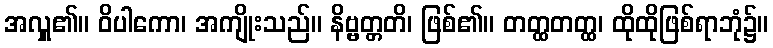
အလှူ၏။ ဝိပါကော၊ အကျိုးသည်။ နိဗ္ဗတ္တတိ၊ ဖြစ်၏။ တတ္ထတတ္ထ၊ ထိုထိုဖြစ်ရာဘုံ၌။